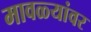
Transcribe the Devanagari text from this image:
मावळ्यांवर